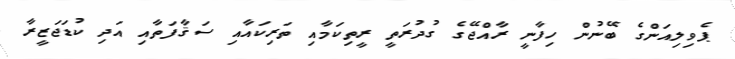
ޕެވިލިއަންގެ ބޭނުން ހިފާނީ ރާއްޖޭގެ ގުދުރަތީ ރީތިކަމާއި ތަރިކައާއި ސަޤާފަތާއި އަދި ކުޑަޖަޒީރާ